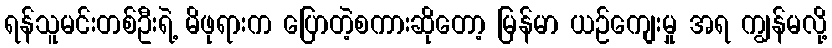
ရန်သူမင်းတစ်ဦးရဲ့ မိဖုရားက ပြောတဲ့စကားဆိုတော့ မြန်မာ ယဉ်ကျေးမှု အရ ကျွန်မလို့